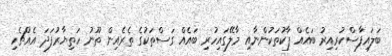
ބަލައިފާސްކުރިއިރު ބައެެއްް ޕާކުތަކުންނާއި މާލޭގައިހުރި ބައެއް ގަސްތަކުގެ ތެރެއިން ތޫނު ހަތިޔާރުފަދަ އެއްޗެހި